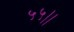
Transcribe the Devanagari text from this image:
५५।।